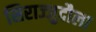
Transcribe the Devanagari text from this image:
सिराज्जुदौला